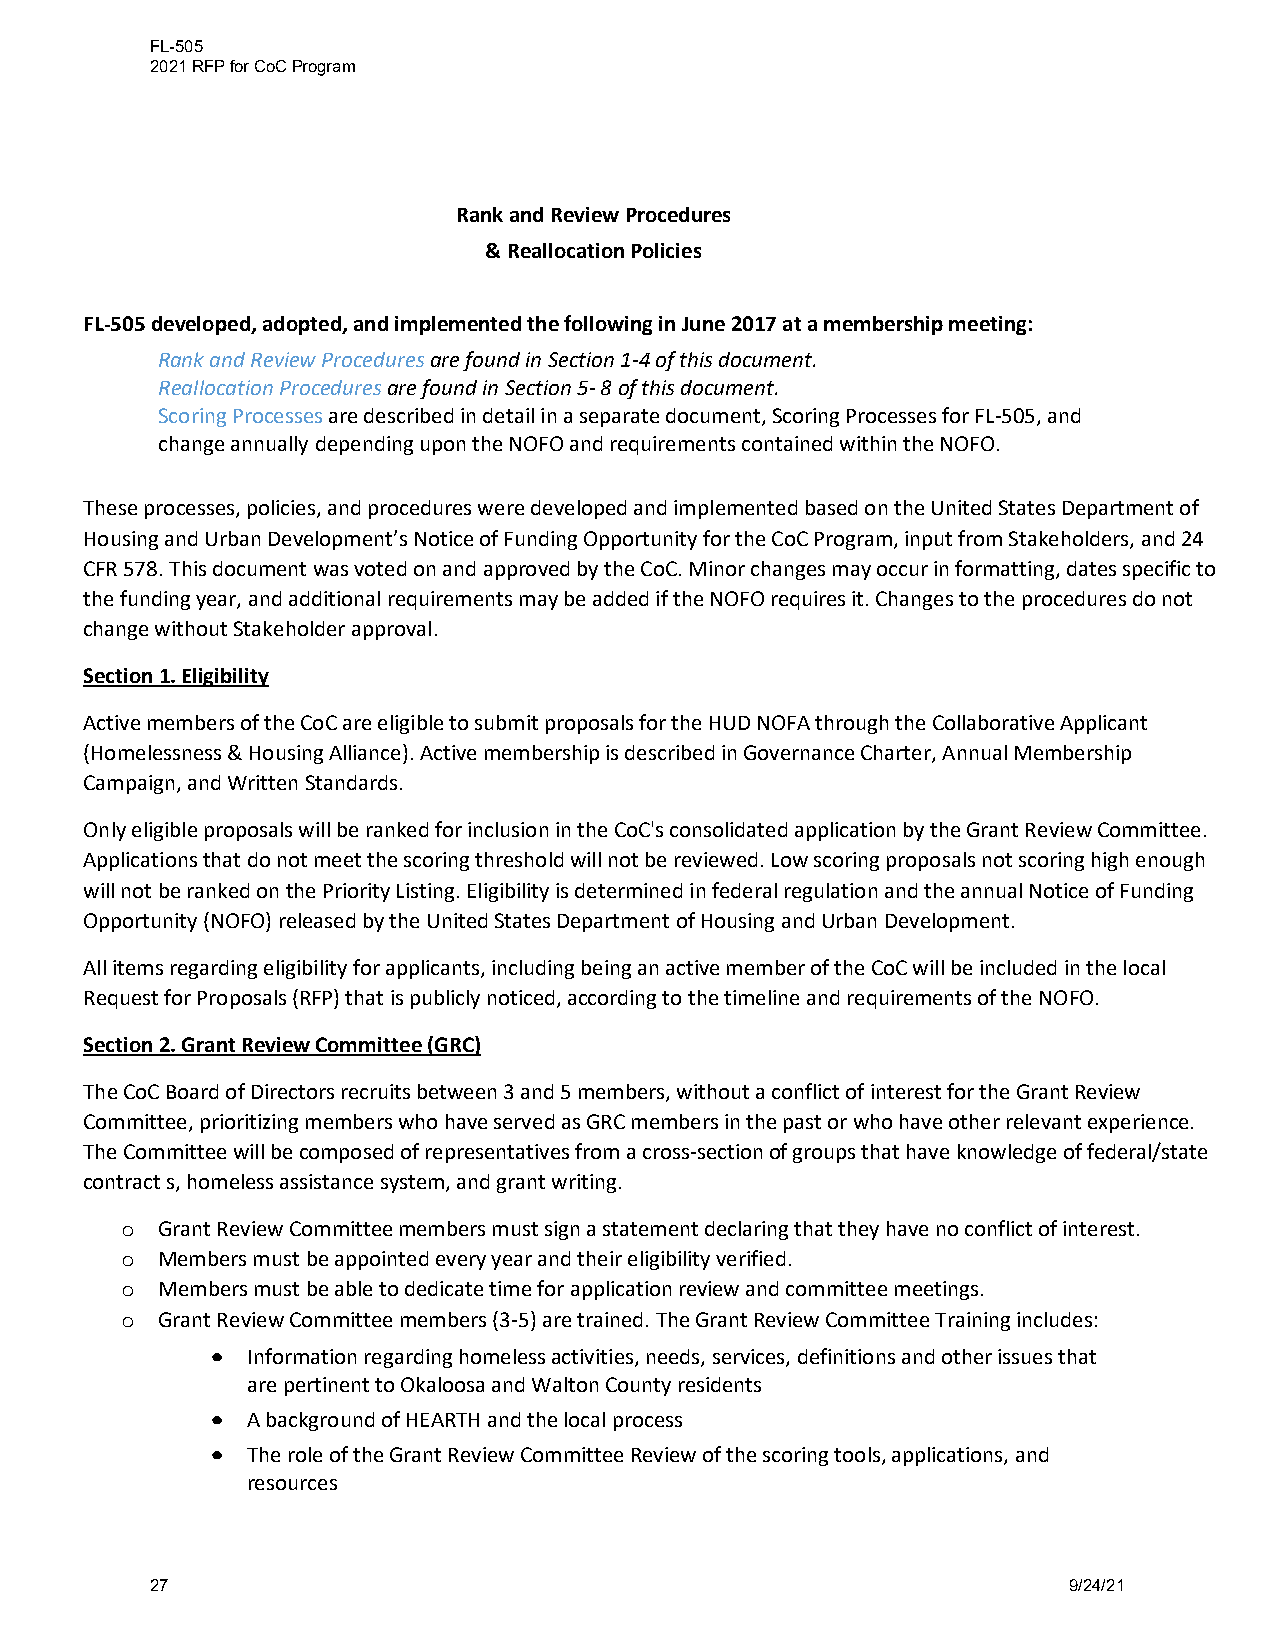
FL-505
 2021 RFP for CoC Program
 Rank and Review Procedures
 & Reallocation Policies
 FL-505 developed, adopted, and implemented the following in June 2017 at a membership meeting:
 Rank and Review Procedures are found in Section 1-4 of this document.
 Reallocation Procedures are found in Section 5- 8 of this document.
 Scoring Processes are described in detail in a separate document, Scoring Processes for FL-505, and
 change annually depending upon the NOFO and requirements contained within the NOFO.
 These processes, policies, and procedures were developed and implemented based on the United States Department of
 Housing and Urban Development’s Notice of Funding Opportunity for the CoC Program, input from Stakeholders, and 24
 CFR 578. This document was voted on and approved by the CoC. Minor changes may occur in formatting, dates specific to
 the funding year, and additional requirements may be added if the NOFO requires it. Changes to the procedures do not
 change without Stakeholder approval.
 Section 1. Eligibility
 Active members of the CoC are eligible to submit proposals for the HUD NOFA through the Collaborative Applicant
 (Homelessness & Housing Alliance). Active membership is described in Governance Charter, Annual Membership
 Campaign, and Written Standards.
 Only eligible proposals will be ranked for inclusion in the CoC's consolidated application by the Grant Review Committee.
 Applications that do not meet the scoring threshold will not be reviewed. Low scoring proposals not scoring high enough
 will not be ranked on the Priority Listing. Eligibility is determined in federal regulation and the annual Notice of Funding
 Opportunity (NOFO) released by the United States Department of Housing and Urban Development.
 All items regarding eligibility for applicants, including being an active member of the CoC will be included in the local
 Request for Proposals (RFP) that is publicly noticed, according to the timeline and requirements of the NOFO.
 Section 2. Grant Review Committee (GRC)
 The CoC Board of Directors recruits between 3 and 5 members, without a conflict of interest for the Grant Review
 Committee, prioritizing members who have served as GRC members in the past or who have other relevant experience.
 The Committee will be composed of representatives from a cross-section of groups that have knowledge of federal/state
 contract s, homeless assistance system, and grant writing.
 Grant Review Committee members must sign a statement declaring that they have no conflict of interest.
 o
 Members must be appointed every year and their eligibility verified.
 o
 Members must be able to dedicate time for application review and committee meetings.
 o
 Grant Review Committee members (3-5) are trained. The Grant Review Committee Training includes:
 o
 • Information regarding homeless activities, needs, services, definitions and other issues that
 are pertinent to Okaloosa and Walton County residents
 • A background of HEARTH and the local process
 • The role of the Grant Review Committee Review of the scoring tools, applications, and
 resources
 27                                                           9/24/21